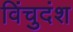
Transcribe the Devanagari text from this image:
विंचुदंश